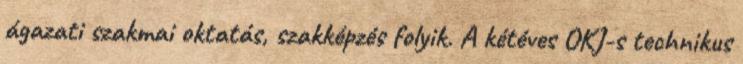
ágazati szakmai oktatás, szakképzés folyik. A kétéves OKJ-s technikus